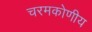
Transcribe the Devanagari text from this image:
चरमकोणीय